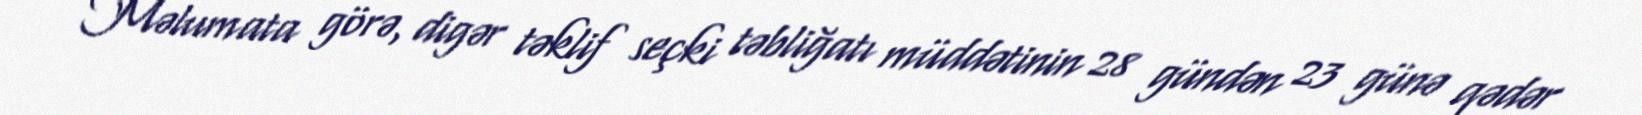
Məlumata görə, digər təklif seçki təbliğatı müddətinin 28 gündən 23 günə qədər